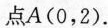
点A(0，2).